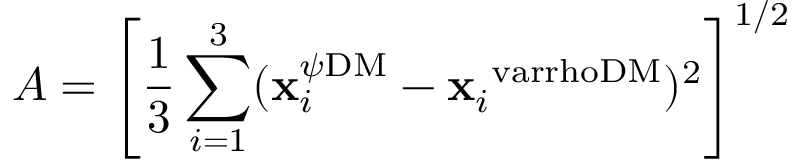
A = \left[ \frac { 1 } { 3 } \sum _ { i = 1 } ^ { 3 } ( \mathbf { x } _ { i } ^ { \psi \mathrm { D M } } - \mathbf { x } _ { i } ^ { \mathrm { \ v a r r h o D M } } ) ^ { 2 } \right] ^ { 1 / 2 }